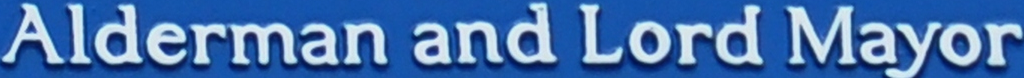
Alderman and Lord Mayor